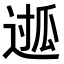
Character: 𮞖